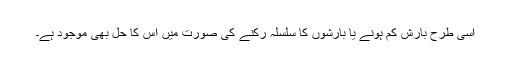
اسی طرح بارش کم ہونے یا بارشوں کا سلسلہ رکنے کی صورت میں اس کا حل بھی موجود ہے۔